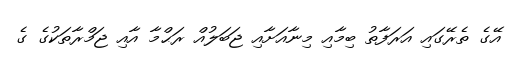
އޭގެ ތެރޭގައި އަރަފާތު ބިމާއި މިނާއަށާއި ޖަބަލުއް ރަޙްމާ އާއި ޖަމްރާތަކުގެ ގެ